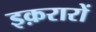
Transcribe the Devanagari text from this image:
इक़रारों